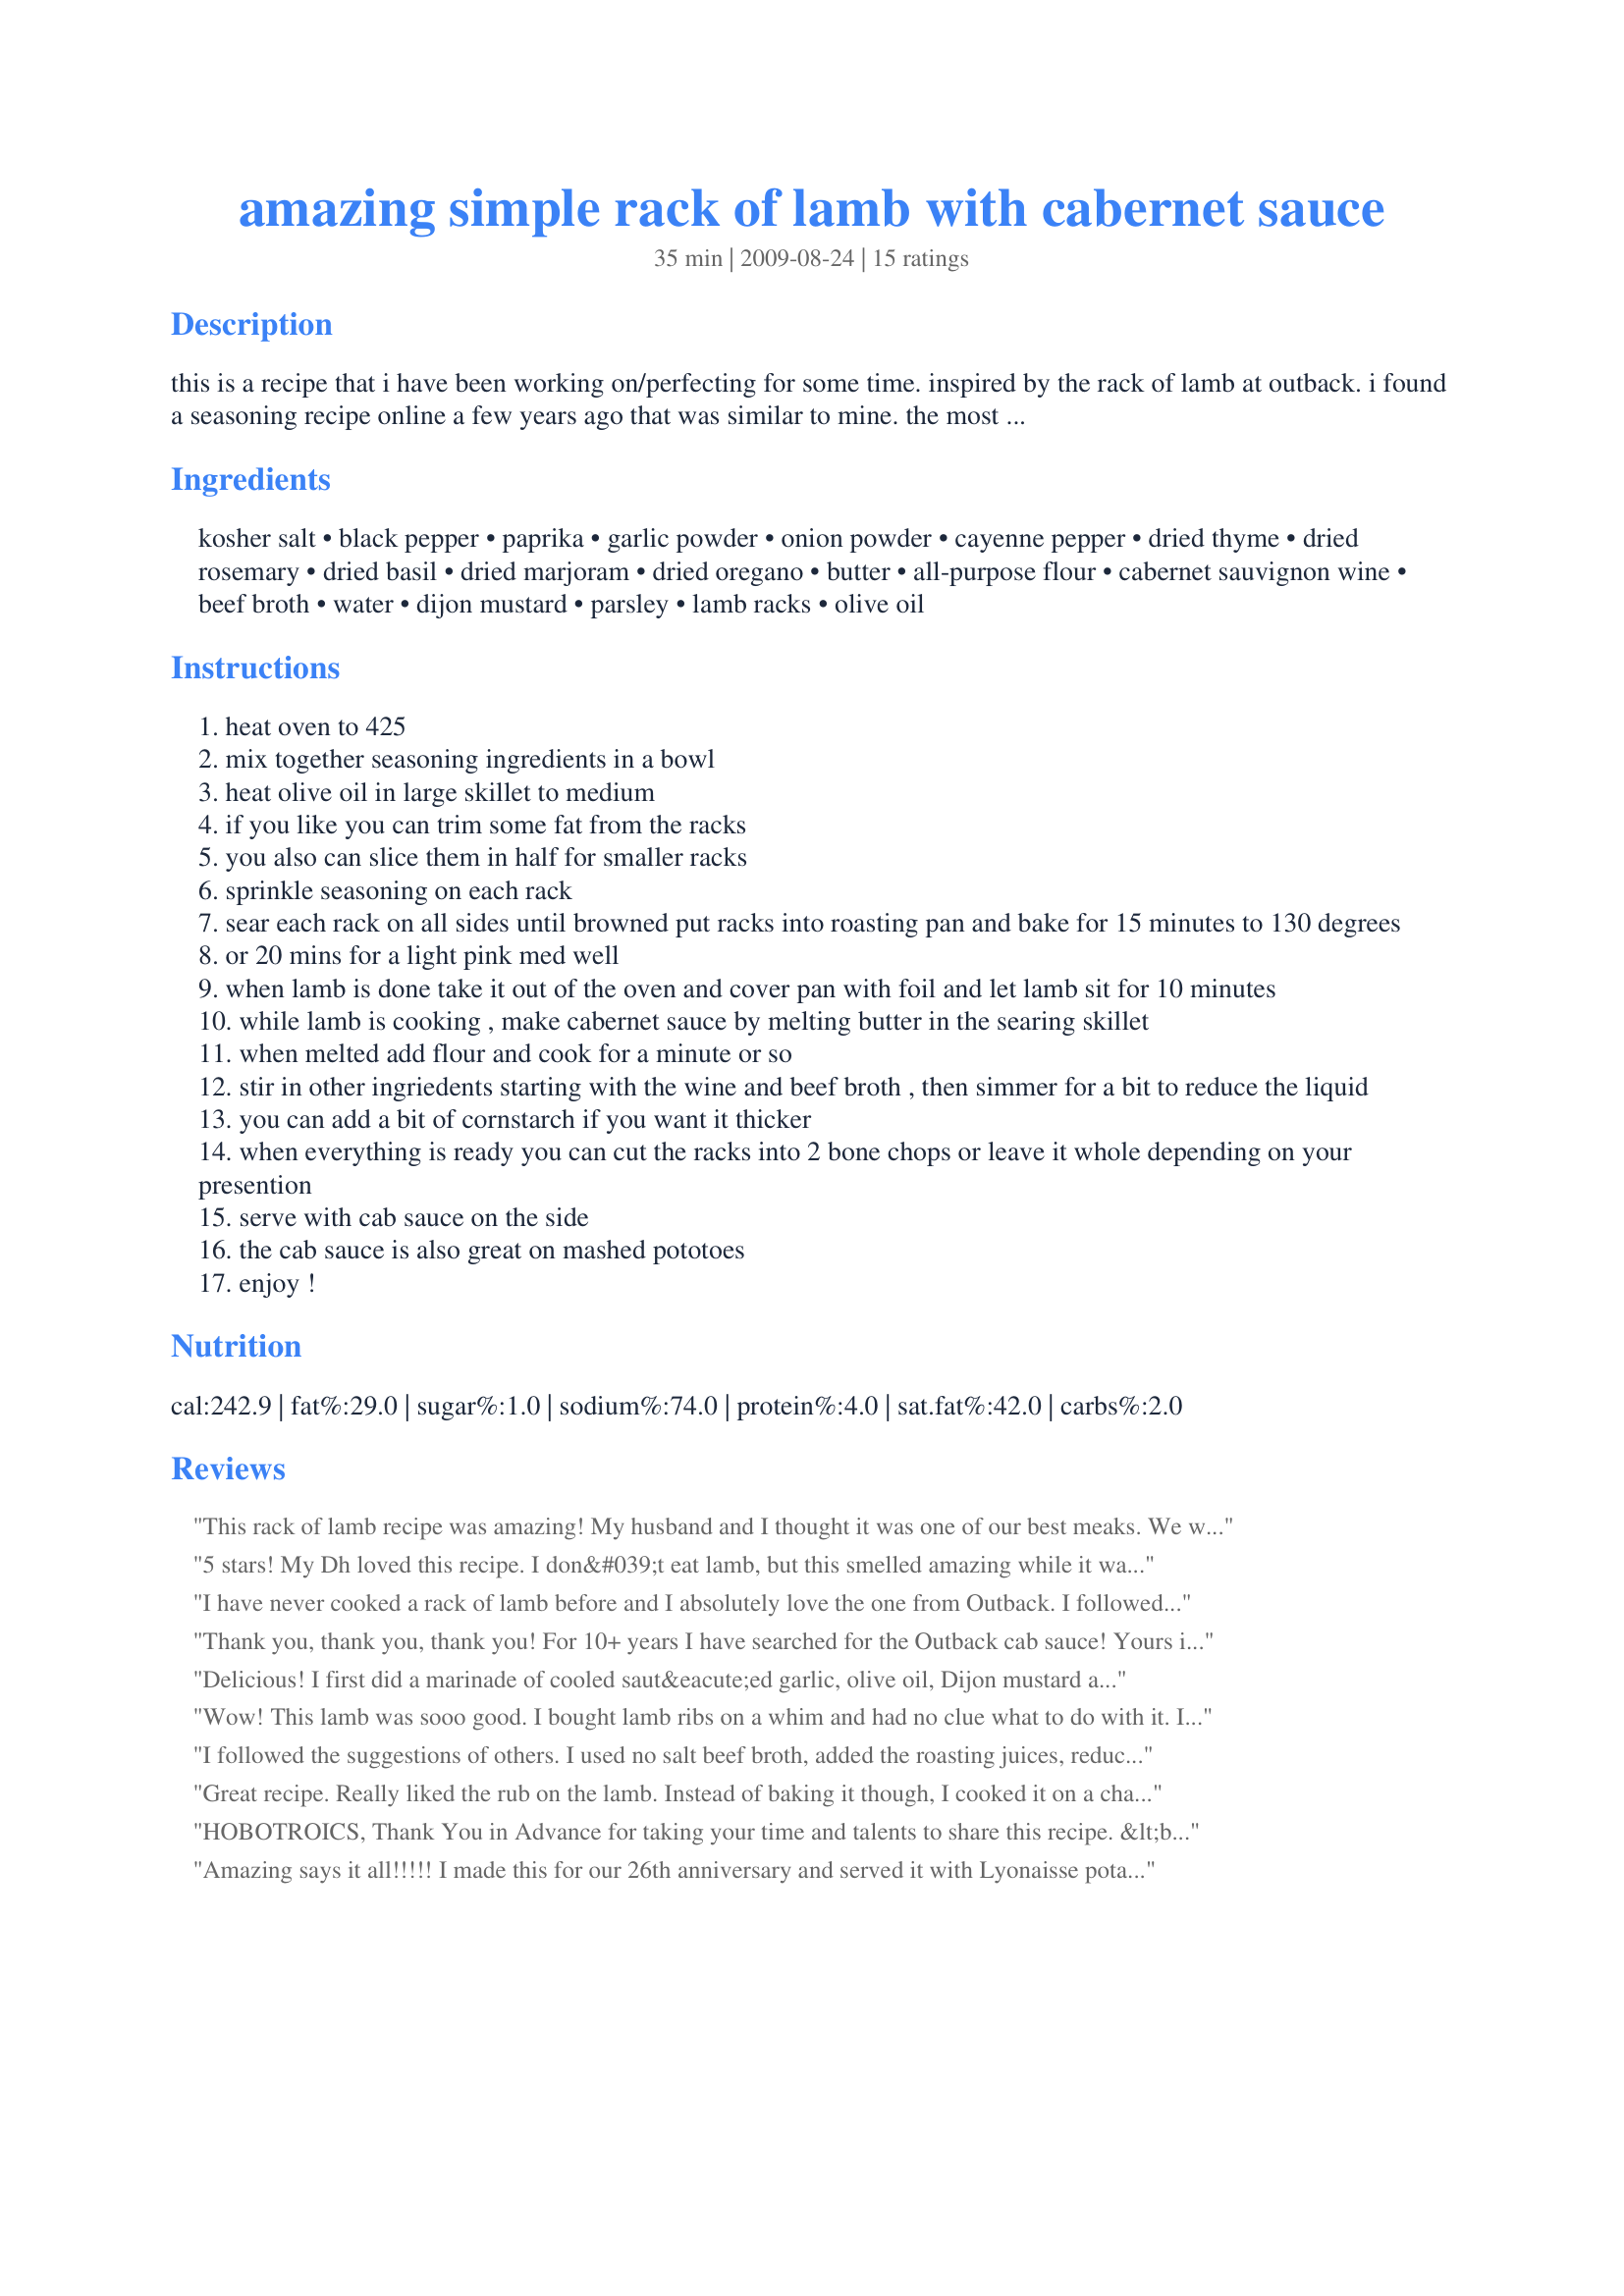
amazing simple rack of lamb with cabernet sauce
Preparation time: 35 minutes

this is a recipe that i have been working on/perfecting for some time. inspired by the rack of lamb at outback. i found a seasoning recipe online a few years ago that was similar to mine. the most laborious part is mixing the seasonings. the seasoning is incredible, great for any meat really. the cabernet sauce is a variation the outback one and is great too. i served this recently with mashed red potatoes. sometimes i'll do 1 teaspoon kosher salt and 1/2 teaspoon granulated salt, to make the saltiness more uniform.

Ingredients:
kosher salt, black pepper, paprika, garlic powder, onion powder, cayenne pepper, dried thyme, dried rosemary, dried basil, dried marjoram, dried oregano, butter, all-purpose flour, cabernet sauvignon wine, beef broth, water, dijon mustard, parsley, lamb racks, olive oil

Steps:
heat oven to 425
mix together seasoning ingredients in a bowl
heat olive oil in large skillet to medium
if you like you can trim some fat from the racks
you also can slice them in half for smaller racks
sprinkle seasoning on each rack
sear each rack on all sides until browned put racks into roasting pan and bake for 15 minutes to 130 degrees
or 20 mins for a light pink med well
when lamb is done take it out of the oven and cover pan with foil and let lamb sit for 10 minutes
while lamb is cooking , make cabernet sauce by melting butter in the searing skillet
when melted add flour and cook for a minute or so
stir in other ingriedents starting with the wine and beef broth , then simmer for a bit to reduce the liquid
you can add a bit of cornstarch if you want it thicker
when everything is ready you can cut the racks into 2 bone chops or leave it whole depending on your presention
serve with cab sauce on the side
the cab sauce is also great on mashed pototoes
enjoy !

Reviews:
This rack of lamb recipe was amazing! My husband and I thought it was one of our best meaks. We will be preparing it regularly. Thank you.
5 stars! My Dh loved this recipe. I don&#039;t eat lamb, but this smelled amazing while it was cooking. He plans on making the sauce recipe again when preparing beef. Thanks so much for sharing the recipe.
I have never cooked a rack of lamb before and I absolutely love the one from Outback. I followed the recipe exactly as-is and it came out perfect. This is a nearly identical clone of the Outback recipe including the amazing sauce! Thank you so much for such a fantastic recipe!
Thank you, thank you, thank you! For 10+ years I have searched for the Outback cab sauce! Yours is the closest I have ever had! Amazing! Used some of my fresh rosemary as a my whisk while I was adding the broth and wine! Added an amazing rosemary flavor! The butter was the key! Missed that every time. Delicious!
Delicious! I first did a marinade of cooled saut&eacute;ed garlic, olive oil, Dijon mustard and Ravens Wood Zinfandel. The ribs were then dried off and then covered in your dry rub seasoning. After searing all over for about 4 minutes, 15 minutes in a 425 degree oven was perfect. OMG, so tender and tasty. Made mashed potatoes and peas as accompaniments. Next time I will make scalloped potatoes with blue cheese and cheddar. I think the blue cheese, oddly, will help cut the richness. YUM! Thank you
Wow! This lamb was sooo good. I bought lamb ribs on a whim and had no clue what to do with it. I really like the Outback lamb so I looked it up and found this recipe. It turned out exactly like Outback, if not better. The only thing I did differently was I seasoned the lamb the night before I cooked it. I was also out of marjoram and rosemary but it wasn't a problem. Thank you so much for posting!
I followed the suggestions of others. I used no salt beef broth, added the roasting juices, reduced the amount of wine, and added an extra T of butter to the cabernet sauce. This turned out perfectly. Served with roasted garlic mashed potatoes, and steamed broccoli. DELICIOUS!
Great recipe. Really liked the rub on the lamb. Instead of baking it though, I cooked it on a charcoal kettle. Seared it over the coals and then moved to indirect to 130 deg. The sauce was good but I think next time I will use a low sodium broth. Seemed really salty but definitely not inedible. The sauce went great with the garlic mashed too. Overall I&#039;ll definitely use this receipe again.
HOBOTROICS, Thank You in Advance for taking your time and talents to share this recipe. &lt;br/&gt;Also, as an aside thanks to those of you who left your feedback.&lt;br/&gt;&lt;br/&gt;I too love the RACK of LAMB at OUTBACK. However we all know the secret is in the SAUCE :) .&lt;br/&gt;&lt;br/&gt;I am going to follow the recipe in its entirety. &lt;br/&gt;&lt;br/&gt;Yummy
Amazing says it all!!!!! I made this for our 26th anniversary and served it with Lyonaisse potatoes and squash medley. It was so good, Thanks for posting it.
This lamb was Amazing. The recipe to season the lamb was perfection. I found the sauce was a bit bland, and the Cabernet flavor was a bit too strong. I ended up adding some more beef broth, a bit more flour, and when I removed the rack from the oven I poured about half of the juice from the roast pan into the Cabernet sauce, best Cabernet sauce I ever had. Better than outback. This dish was amazing. Try it!
This was AWESOME!! Thank you so much. I used Lamb Chops instead, came out perfect. As close to OUTBACK as I think you can ever get. Maybe even better!!!!
I love it!!! Outstanding job copying. I can&#039;t wait to cook it again. Thank you, thank you, thank you, now I can have all the sauce I want cause Outback has gotten stingy with the sauce.
Delicious!
Love the rack of lamb at outback and this tasted just like it! I am actually not a fan of the cab sauce from outback so didn&#039;t try it but my wife said it was very similar and loved it. If you do or don&#039;t want the cab sauce this is still a great recipe either way! Only thing i did differently from the recipe was brush the lamb with a little bit of olive oil before adding the spices and added a little extra fresh rosemary. Thank you for the recipe enjoyed it immensely!
